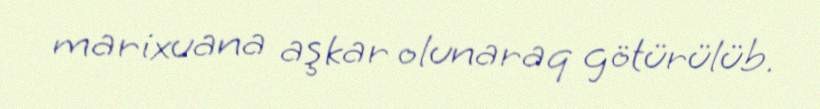
marixuana aşkar olunaraq götürülüb.